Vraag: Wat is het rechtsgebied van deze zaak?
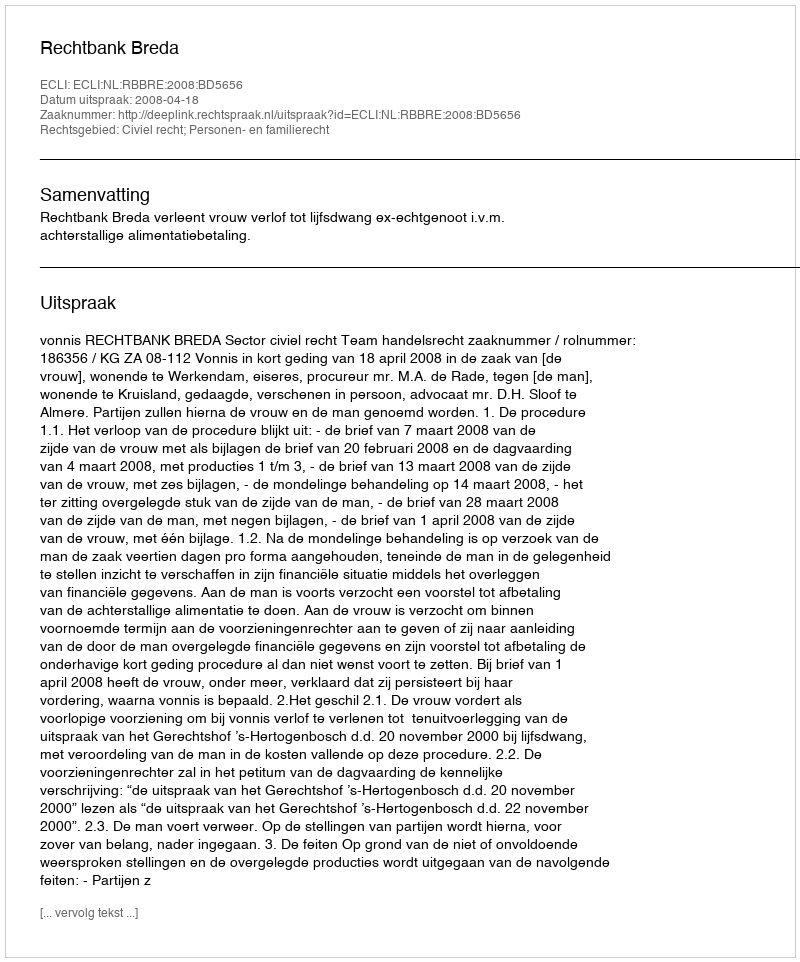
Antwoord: Civiel recht; Personen- en familierecht